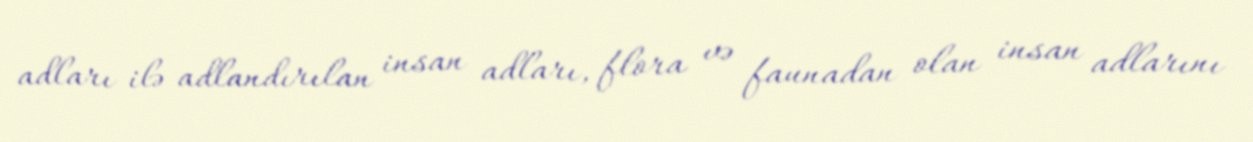
adları ilə adlandırılan insan adları, flora və faunadan olan insan adlarını